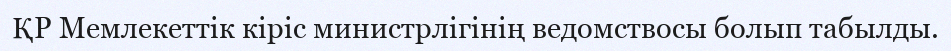
ҚР Мемлекеттік кіріс министрлігінің ведомствосы болып табылды.